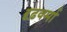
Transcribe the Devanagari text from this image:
दृढ़वर्मा